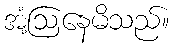
အံ့ဩနေမိသည်။